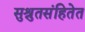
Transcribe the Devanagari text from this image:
सुश्रुतसंहितेत